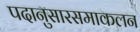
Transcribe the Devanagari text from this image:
पदानुसारसमाकलन